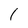
Character: 1